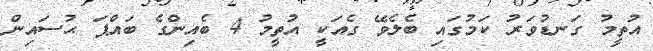
އުތީމު ގަނޑުވަރު ކަމުގައި ބެލެވޭ ގެއަކީ އުތީމު 4 ބެއިންގެ ބައްޕަ ޙުސައިން